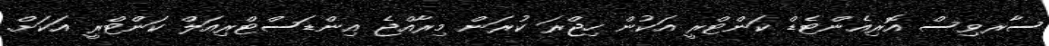
ސާރވިސް އޮރިއެންޓެޑް ކަންޓްރީ އަކުން ހިޖްރަ ކުރަން މިރާއްޖެ އިންޑަސްޓްރިއަލް ކަންޓްރީ އަކަށް.